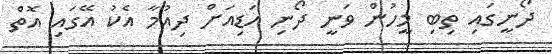
ދޯނީގައި ތިބި މީހުން ވަނީ ދޯނި އަޑިއަށް ދިއުމާ އެކު އޭގައި އޮތް